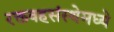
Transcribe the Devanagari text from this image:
रक्तवहसंस्थेमध्ये